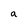
Character: a